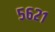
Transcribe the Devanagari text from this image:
५६२१